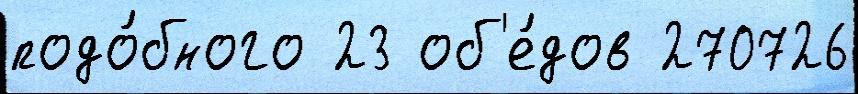
подо́бного 23 об'е́дов 270726